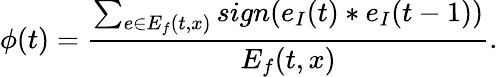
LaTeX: \phi(t)=\frac{\sum_{e\in E_{f}(t,x)}sign(e_{I}(t)*e_{I}(t-1))}{E_{f}(t,x)}.